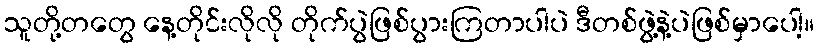
သူတို့တတွေ နေ့တိုင်းလိုလို တိုက်ပွဲဖြစ်ပွားကြတာပါပဲ ဒီတစ်ဖွဲ့နဲ့ပဲဖြစ်မှာပေါ့။